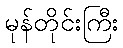
မုန်တိုင်းကြီး